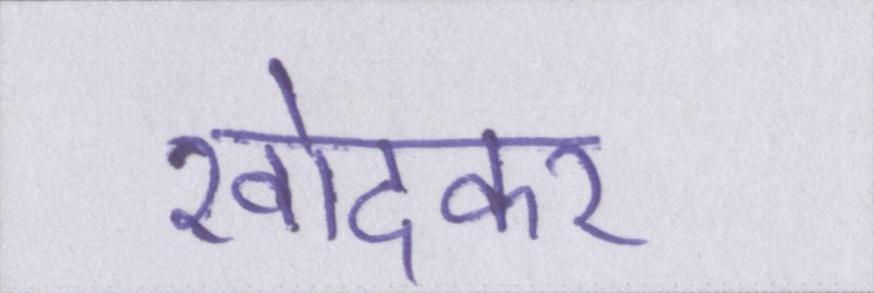
खोदकर